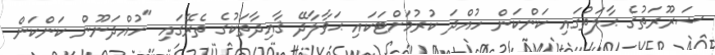
ޟަރޫރަތުގެ ޙާލަތުގައި ކަންކަން ހުއްދަ ކުރުމަށްޓަކައި ޙަވާލާދޭ ޤާއިދާތަކުގެ ތެރޭގައި "ހުއްދަނޫން ކަންކަން